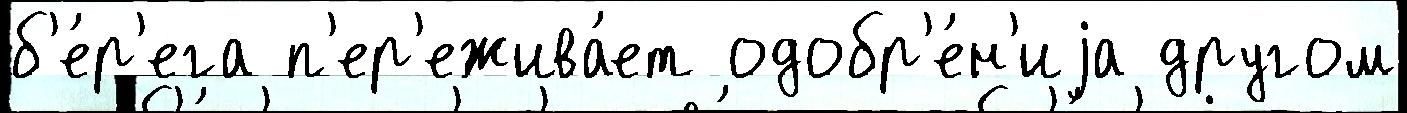
б'е́р'ега п'ер'ежива́ет одобр'е́н'иjа другом